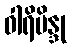
ဝါရိဗိန္ဒု